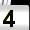
Digit: 4